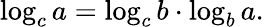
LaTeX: \log_{c}a=\log_{c}b\cdot\log_{b}a.